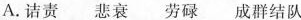
A.诘责 悲衰 劳碌 成群结队